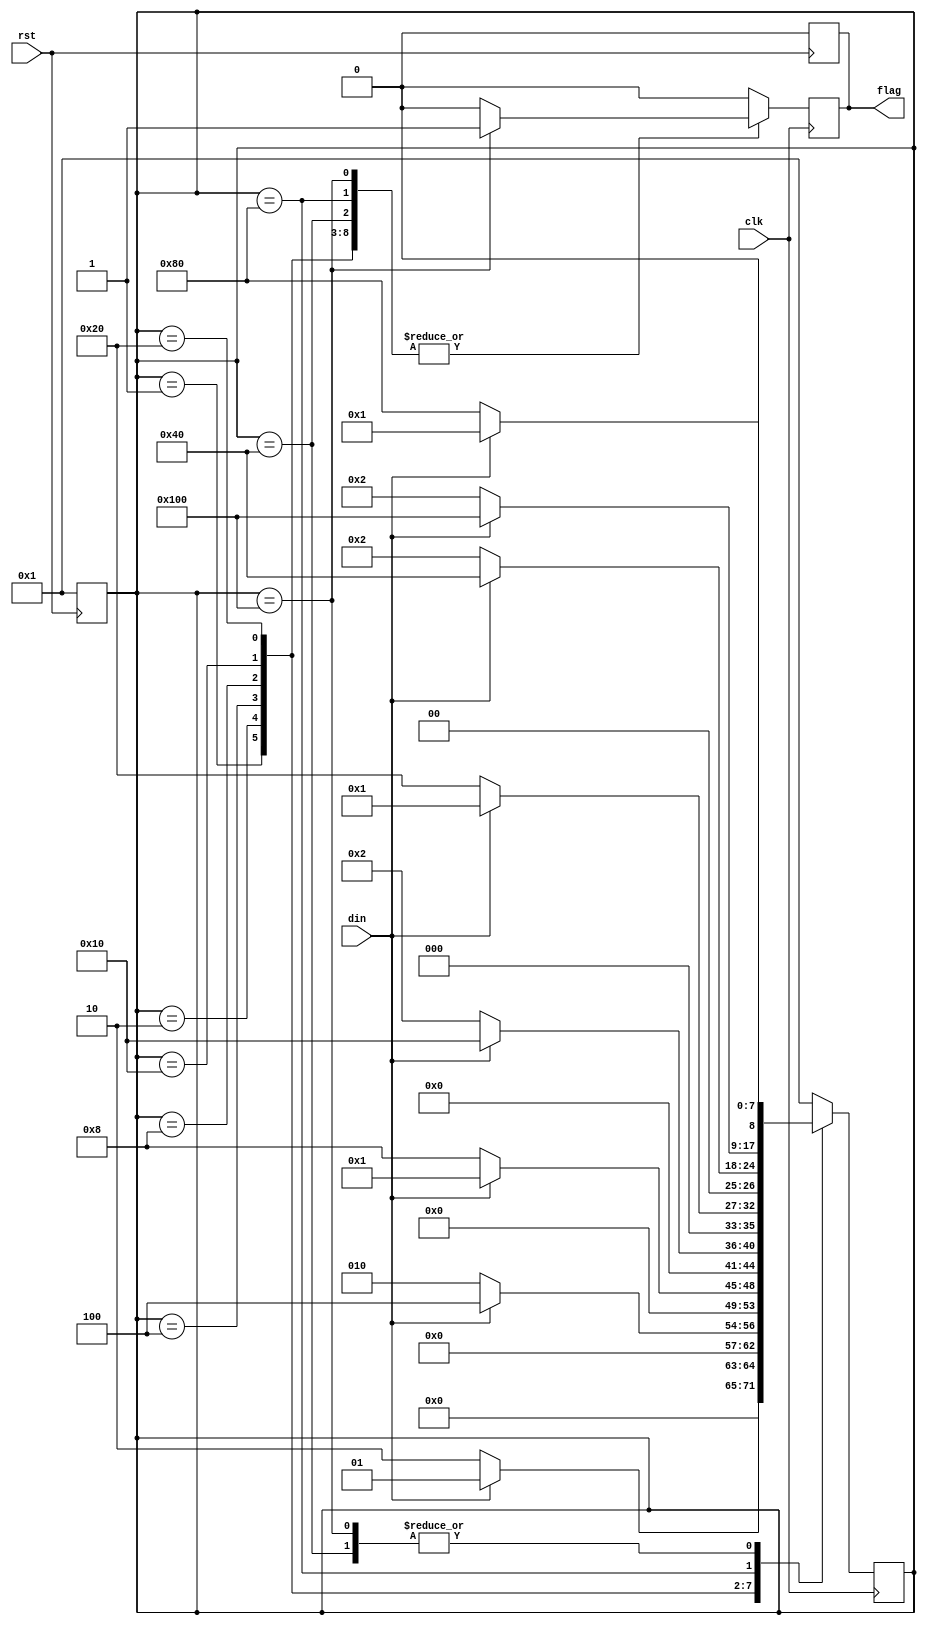

module moore(flag, din, clk, rst);

    output reg flag;
    input din, clk, rst;

    parameter S0 = 9'b0_0000_0001;  // IDLE(0)
    parameter S1 = 9'b0_0000_0010;  // A(0)
    parameter S2 = 9'b0_0000_0100;  // B(0)
    parameter S3 = 9'b0_0000_1000;  // C(0)
    parameter S4 = 9'b0_0001_0000;  // D(0)
    parameter S5 = 9'b0_0010_0000;  // E(0)
    parameter S6 = 9'b0_0100_0000;  // F(0)
    parameter S7 = 9'b0_1000_0000;  // G(0)
    parameter S8 = 9'b1_0000_0000;  // H(1)

    reg [8:0] state;

    always @ ( posedge rst ) begin
        flag <= 1'b0;
        state <= S0;
    end

    always @ ( posedge clk ) begin
        flag <= (state == S8) ? 1'b1 : 1'b0;
        case (state)
            S0: state <= (din) ? S0 : S1;
            S1: state <= (din) ? S2 : S1;
            S2: state <= (din) ? S0 : S3;
            S3: state <= (din) ? S4 : S1;
            S4: state <= (din) ? S0 : S5;
            S5: state <= (din) ? S6 : S1;
            S6: state <= (din) ? S0 : S7;
            S7: state <= (din) ? S8 : S1;
            S8: state <= (din) ? S0 : S7;
            default: begin state <= S0; flag <= 1'b0; end
        endcase
    end

endmodule